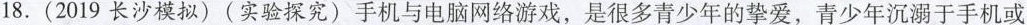
18. ( 2019 长沙模拟 ) ( 实验探究 ) 手机与电脑网络游戏，是很多青少年的挚爱，青少年沉溺于手机或